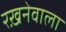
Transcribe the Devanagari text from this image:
रख़नेवाला